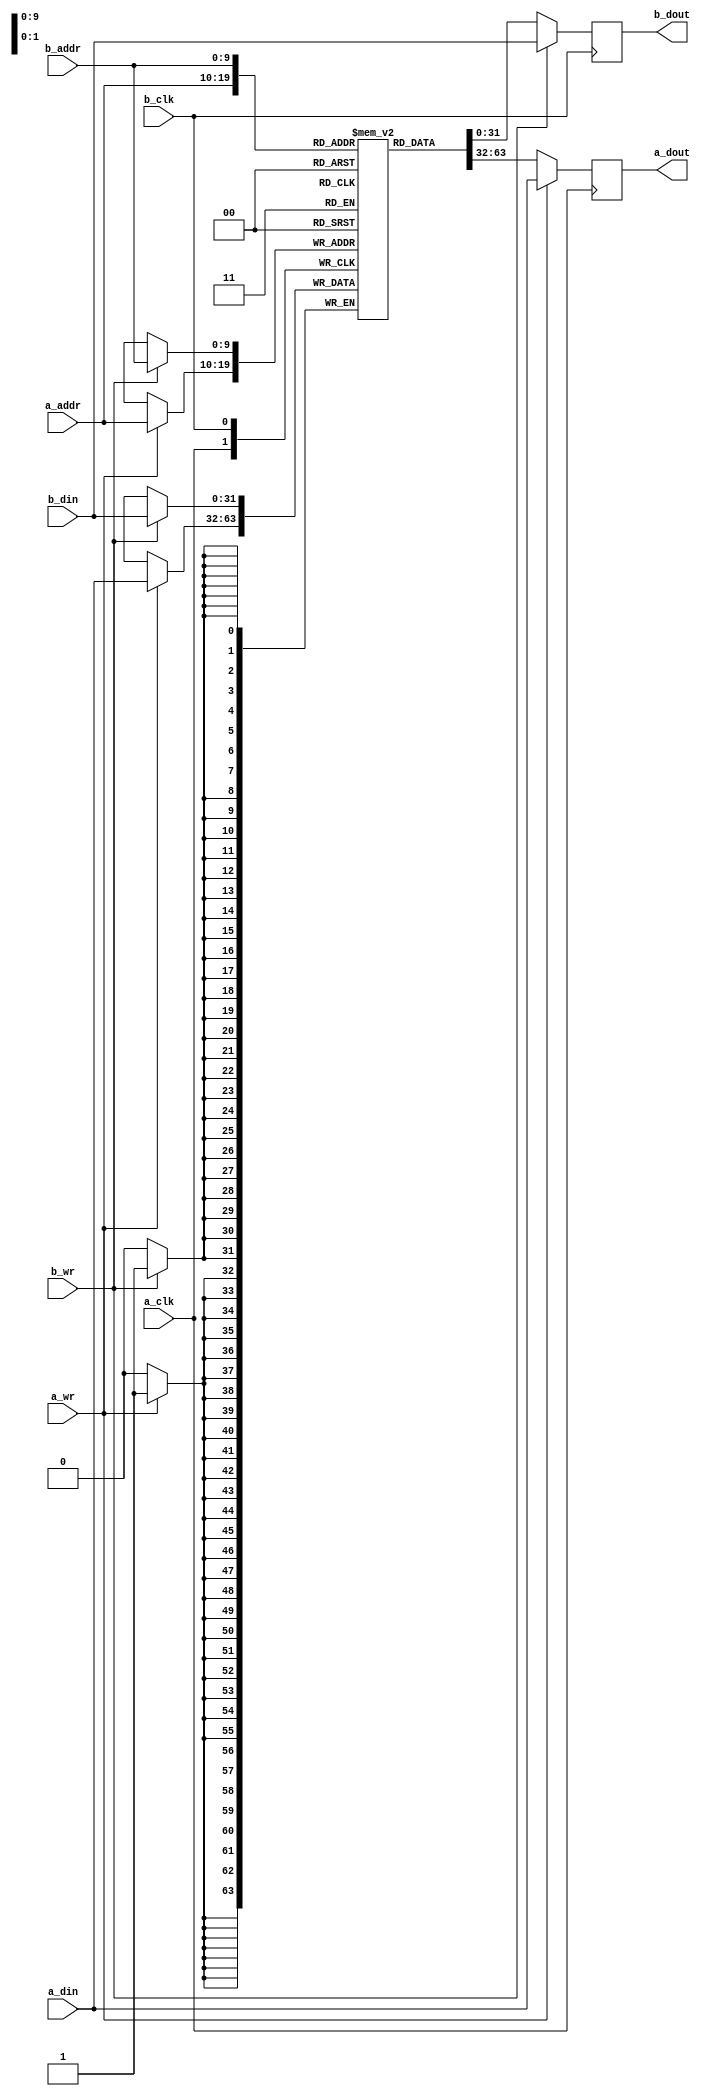
/*
  This code was adapted from
  http://danstrother.com/2010/09/11/inferring-rams-in-fpgas/
*/

//A parameterized inverable, dual-clock block ram



module dual_port_bram #(
  parameter DATA_WIDTH = 32,
  parameter ADDR_WIDTH = 10,
  parameter MEM_FILE  = "NOTHING",
  parameter MEM_FILE_LENGTH = 0
) (
  //Port A
  a_clk,
  a_wr,
  a_addr,
  a_din,
  a_dout,

  b_clk,
  b_wr,
  b_addr,
  b_din,
  b_dout
);

input                             a_clk;
input                             a_wr;
input   wire  [ADDR_WIDTH - 1: 0] a_addr;
input   wire  [DATA_WIDTH - 1: 0] a_din;
output  reg   [DATA_WIDTH - 1: 0] a_dout;

input                             b_clk;
input                             b_wr;
input   wire  [ADDR_WIDTH - 1: 0] b_addr;
input   wire  [DATA_WIDTH - 1: 0] b_din;
output  reg   [DATA_WIDTH - 1: 0] b_dout;

//Shared Memory
reg     [DATA_WIDTH - 1: 0]       mem [(1 << ADDR_WIDTH) - 1: 0];

generate
if (MEM_FILE != "NOTHING") begin
initial begin
    $readmemh(MEM_FILE, mem, 0, MEM_FILE_LENGTH - 1);
end
end
endgenerate

//Port A
always @ (posedge a_clk) begin
  a_dout          <=              mem[a_addr];
  if (a_wr) begin
    a_dout        <=  a_din;
    mem[a_addr]   <=  a_din;
  end
end


//Port B
always @ (posedge b_clk) begin
  b_dout          <=              mem[b_addr];
  if (b_wr) begin
    b_dout        <=              b_din;
    mem[b_addr]   <=              b_din;
  end
end

endmodule